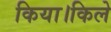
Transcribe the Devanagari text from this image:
किया।किले